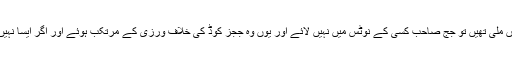
اب اگر واقعی رشوت کی پیشکش ہوئی تھی یا دھمکیاں ملی تھیں تو جج صاحب کسی کے نوٹس میں نہیں لائے اور یوں وہ ججز کوڈ کی خلاف ورزی کے مرتکب ہوئے اور اگر ایسا نہیں ہوا تھا تو پھر وہ غلط بیانی کے مرتکب ہورہے ہیں۔